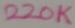
Text: 220K